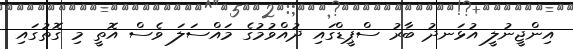
އިންޖީނުލީ އުޅަނދު ބާރު ސްޕީޑްގައި ދުއްވުމުގެ މައްސަލަ ވެސް އޮތީ މި ގޮތުގައި